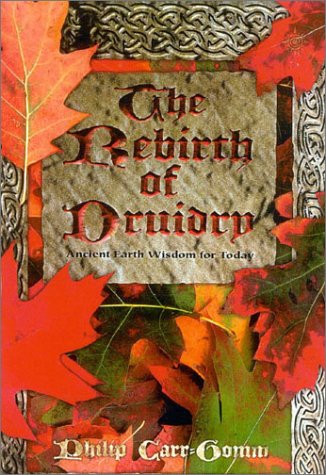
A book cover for The Rebirth of Druidry: Ancient Earth Wisdom for Today; Philip Carr-Gomm; Religion & Spirituality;